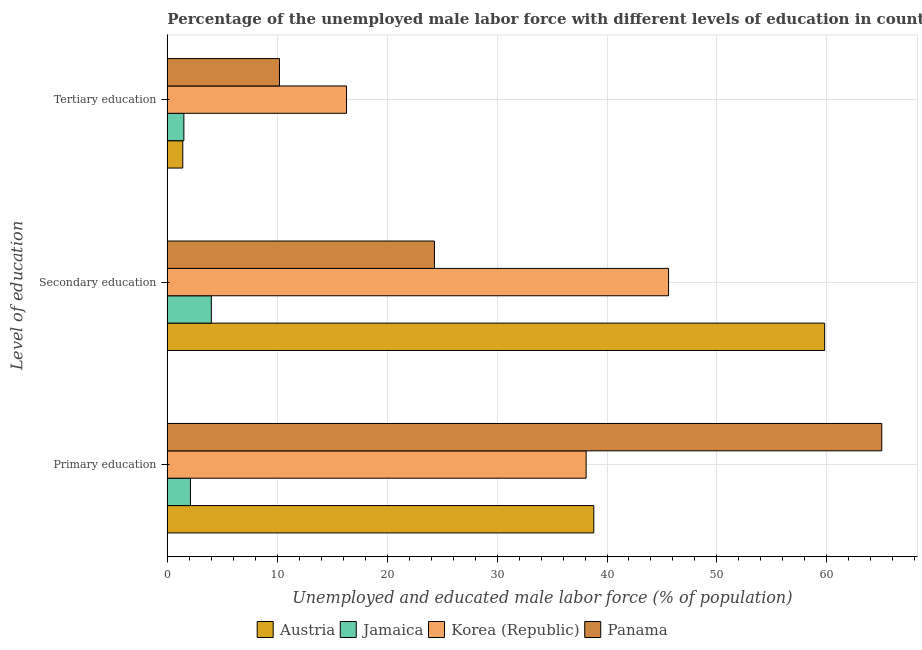
| Level of education | Austria | Jamaica | Korea (Republic) | Panama |
 | --- | --- | --- | --- | --- |
 | Primary education | 38.8 | 2.1 | 38.1 | 65 |
 | Secondary education | 59.8 | 4 | 45.6 | 24.3 |
 | Tertiary education | 1.4 | 1.5 | 16.3 | 10.2 |